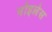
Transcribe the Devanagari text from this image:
नोइलेस